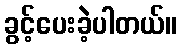
ခွင့်ပေးခဲ့ပါတယ်။